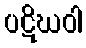
ပဋိဃဝါ